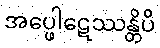
အပ္ဖေါဋေဿန္တိပိ